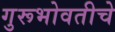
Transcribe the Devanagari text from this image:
गुरूभोवतीचे